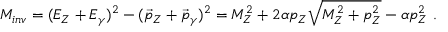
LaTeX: M _ { i n v } = ( E _ { Z } + E _ { \gamma } ) ^ { 2 } - ( \vec { p } _ { Z } + \vec { p } _ { \gamma } ) ^ { 2 } = M _ { Z } ^ { 2 } + 2 \alpha p _ { Z } \sqrt { M _ { Z } ^ { 2 } + p _ { Z } ^ { 2 } } - \alpha p _ { Z } ^ { 2 } ~ .